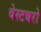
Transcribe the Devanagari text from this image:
वेस्टबरो